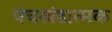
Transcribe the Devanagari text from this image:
पंचखंडात्मक